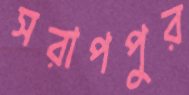
সরাপপুর